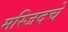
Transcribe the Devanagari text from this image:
मस्जिदचे